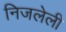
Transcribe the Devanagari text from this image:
निजलेली